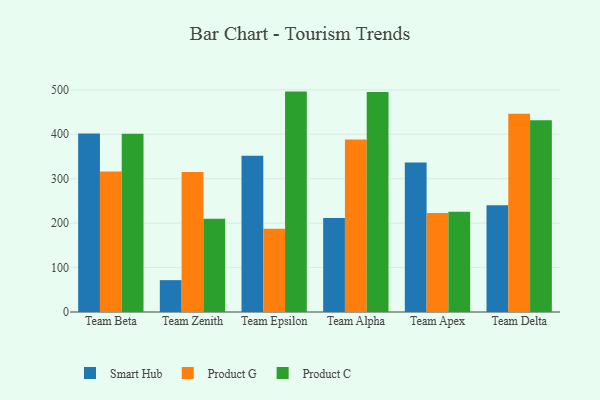
{"axis": {"x": "Team", "y": "Temperature (°C)"}, "legend": ["Product C", "Product G", "Smart Hub"], "data": [{"x": "Team Beta", "y": 401.9, "type": "Smart Hub"}, {"x": "Team Beta", "y": 316.4, "type": "Product G"}, {"x": "Team Beta", "y": 401.4, "type": "Product C"}, {"x": "Team Zenith", "y": 71.7, "type": "Smart Hub"}, {"x": "Team Zenith", "y": 315.3, "type": "Product G"}, {"x": "Team Zenith", "y": 210.0, "type": "Product C"}, {"x": "Team Epsilon", "y": 351.8, "type": "Smart Hub"}, {"x": "Team Epsilon", "y": 187.3, "type": "Product G"}, {"x": "Team Epsilon", "y": 496.1, "type": "Product C"}, {"x": "Team Alpha", "y": 211.7, "type": "Smart Hub"}, {"x": "Team Alpha", "y": 388.4, "type": "Product G"}, {"x": "Team Alpha", "y": 495.2, "type": "Product C"}, {"x": "Team Apex", "y": 336.5, "type": "Smart Hub"}, {"x": "Team Apex", "y": 222.6, "type": "Product G"}, {"x": "Team Apex", "y": 225.6, "type": "Product C"}, {"x": "Team Delta", "y": 240.4, "type": "Smart Hub"}, {"x": "Team Delta", "y": 446.4, "type": "Product G"}, {"x": "Team Delta", "y": 431.5, "type": "Product C"}]}